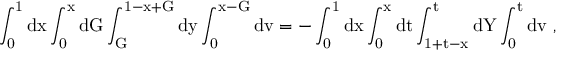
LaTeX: \mathrm { \int _ { 0 } ^ { 1 } d x \int _ { 0 } ^ { x } d G \int _ { G } ^ { 1 - x + G } d y \int _ { 0 } ^ { x - G } d v = - \int _ { 0 } ^ { 1 } d x \int _ { 0 } ^ { x } d t \int _ { 1 + t - x } ^ { t } d Y \int _ { 0 } ^ { t } d v ~ , }